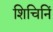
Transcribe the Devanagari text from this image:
शिचिनिं